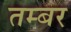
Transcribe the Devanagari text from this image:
तम्बर